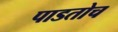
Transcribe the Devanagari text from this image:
पाडतोच